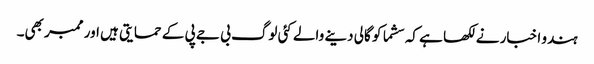
ہندو اخبار نے لکھا ہے کہ سشما کو گالی دینے والے کئی لوگ بی جے پی کے حمایتی ہیں اور ممبر بھی۔